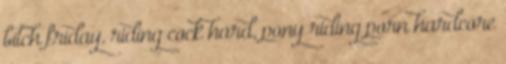
bitch friday, riding cock hard, pony riding porn hardcore